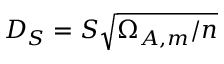
D _ { S } = S \sqrt { \Omega _ { A , m } / n }